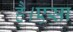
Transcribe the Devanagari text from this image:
है।एसा